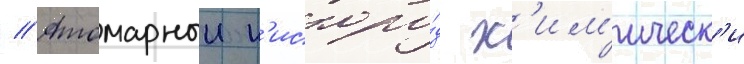
// Атомарныи к'ислоро́д х'им'ическ'и